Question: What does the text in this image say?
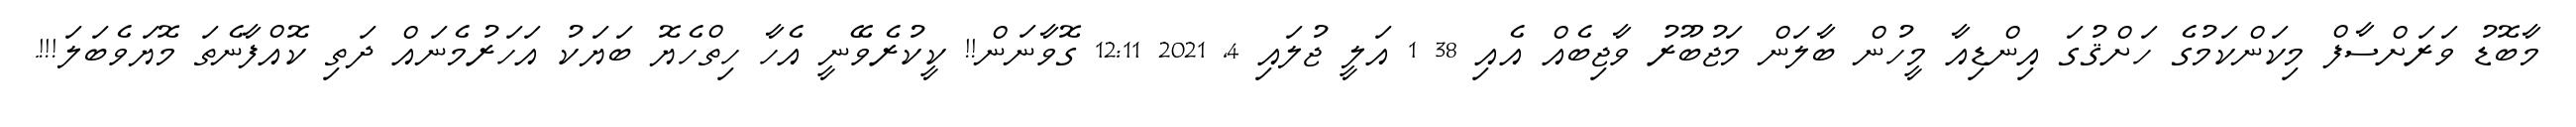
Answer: މާބޮޑު ވަރަށްސާފް މިކަންކަމުގެ ހަށްޤުގަ އިންޑިއާ މީހުން ބާލަން މަޖުބޫރު ވާޖިބެއް އެއި 38 1 އަލީ ޖުލައި 4, 2021 12:11 ގޮވާނަން!! ކީކުރެވޭނީ އެހާ ހިތްހެޔޮ ބަޔަކު އަހަރުމެނައް ދަތި ކޮއްފާނެތަ މޮޔަވެބަލަ!!!.